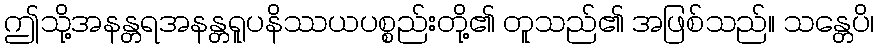
ဤသို့အနန္တရအနန္တရူပနိဿယပစ္စည်းတို့၏ တူသည်၏ အဖြစ်သည်။ သန္တေပိ၊